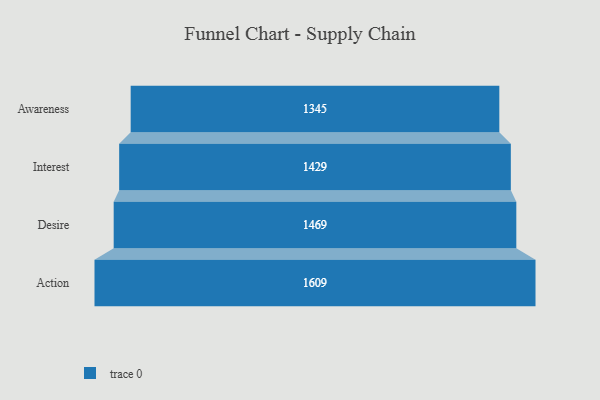
{"axis": {"x": "Stage", "y": "Value"}, "legend": [""], "data": [{"x": "Awareness", "y": 1345.0, "type": ""}, {"x": "Interest", "y": 1429.0, "type": ""}, {"x": "Desire", "y": 1469.0, "type": ""}, {"x": "Action", "y": 1609.0, "type": ""}]}